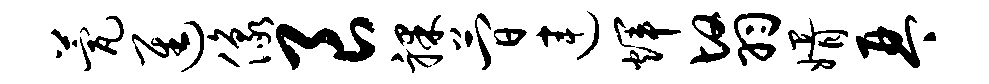
甍进像良裸简连辉翳婿琴